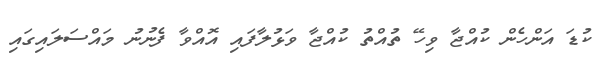
ކުޑަ އަންހެން ކުއްޖާ ވިހޭ ތުއްތު ކުއްޖާ ވަޅުލާފައި އޮއްވާ ފެނުނު މައްސަލައިގައި